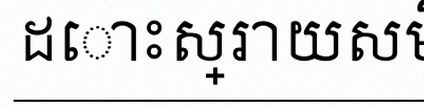
ដោះស្រាយសមីការខាងក្រោម